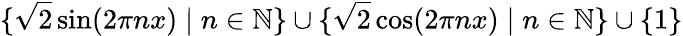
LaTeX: \{ {\sqrt{2}}\sin(2\pi nx)\; |\; n\in\mathbb{N}\} \cup\{ {\sqrt{2}}\cos(2\pi nx)\; |\; n\in\mathbb{N}\} \cup\{ 1\}